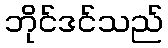
ဘိုင်ဒင်သည်